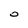
Character: 0